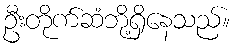
ဦးတိုက်ဆံဘို့ရှိနေသည်။